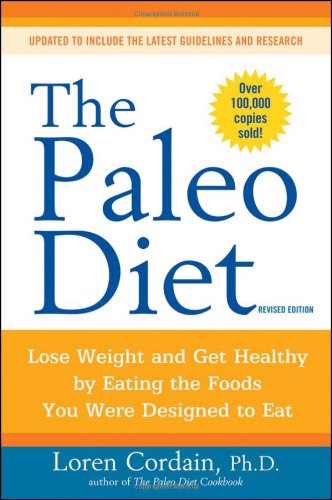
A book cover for The Paleo Diet: Lose Weight and Get Healthy by Eating the Foods You Were Designed to Eat; Loren Cordain; Health, Fitness & Dieting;